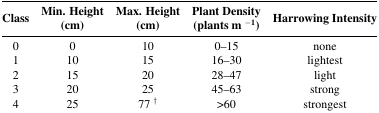
<table><thead><tr><td><b>Class</b></td><td><b>Min. Height (cm)</b></td><td><b>Max. Height (cm)</b></td><td><b>Plant Density (plants m <sup>−1</sup>)</b></td><td><b>Harrowing Intensity</b></td></tr></thead><tbody><tr><td>0</td><td>0</td><td>10</td><td>0–15</td><td>none</td></tr><tr><td>1</td><td>10</td><td>15</td><td>16–30</td><td>lightest</td></tr><tr><td>2</td><td>15</td><td>20</td><td>28–47</td><td>light</td></tr><tr><td>3</td><td>20</td><td>25</td><td>45–63</td><td>strong</td></tr><tr><td>4</td><td>25</td><td>77 <sup>†</sup></td><td>&gt;60</td><td>strongest</td></tr></tbody></table>